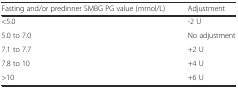
<table><thead><tr><td><b>Fasting and/or predinner SMBG PG value (mmol/L)</b></td><td><b>Adjustment</b></td></tr></thead><tbody><tr><td>&lt;5.0</td><td>-2 U</td></tr><tr><td>5.0 to 7.0</td><td>No adjustment</td></tr><tr><td>7.1 to 7.7</td><td>+2 U</td></tr><tr><td>7.8 to 10</td><td>+4 U</td></tr><tr><td>&gt;10</td><td>+6 U</td></tr></tbody></table>